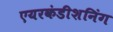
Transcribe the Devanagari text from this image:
एयरकंडीशनिंग